Vaccination in Bombay 1924-1928 - 1924-1928
Year: 1924
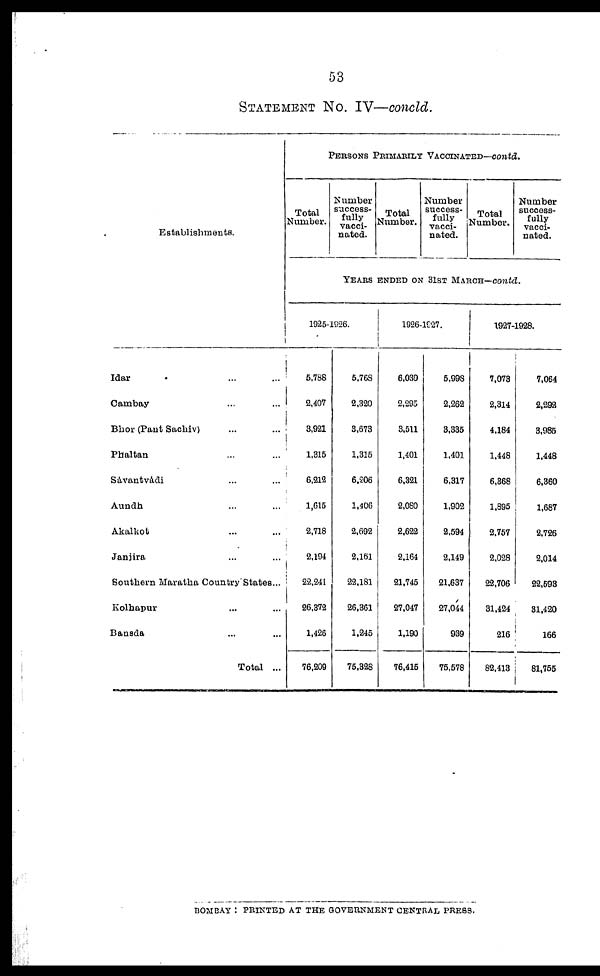
53
STATEMENT No. IV—concld.
Establishments.
Idar ... ...
Cambay ... ...
Bhor (Pant Sachiv) ... ...
Phaltan ... ...
Savantvádi ... ...
Aundh ... ...
Akalkot ... ...
Janjira ... ...
Southern Maratha Country States...
Kolhapur ... ...
Bansda ... ...
Total ...
PERSONS PRIMARILY VACCINATED—contd.
Total
Number.
Number
success-
fully
vacci-
nated.
Total
Number.
Number
success-
fully
vacci-
nated.
Total
Number.
Number
success-
fully
vacci-
nated.
YEARS ENDED ON 31ST MARCH—contd.
1925-1926.
5,788
2,407
3,921
1,315
6,212
1,615
2,718
2,194
22,241
26,372
1,426
76,209
5,768
2,320
3,673
1,315
6,206
1,406
2,692
2,161
22,181
26,361
1,245
75,328
1926-1927.
6,030
2,295
3,511
1,401
6,321
2,080
2,622
2,164
21,745
27,047
1,190
76,415
5,998
2,262
3,335
1,401
6,317
1,902
2,594
2,149
21,637
27,044
939
75,578
1927-1928.
7,073
2,314
4,184
1,448
6,368
1,895
2,757
2,028
22,706
31,424
216
82,413
7,064
2,292
3,985
1,448
6,360
1,687
2,726
2,014
22,593
31,420
166
81,755